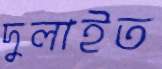
দুলাইত